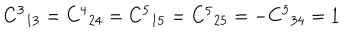
{ C ^ { 3 } } _ { 1 3 } = { C ^ { 4 } } _ { 2 4 } = { C ^ { 5 } } _ { 1 5 } = { C ^ { 5 } } _ { 2 5 } = - { C ^ { 5 } } _ { 3 4 } = 1